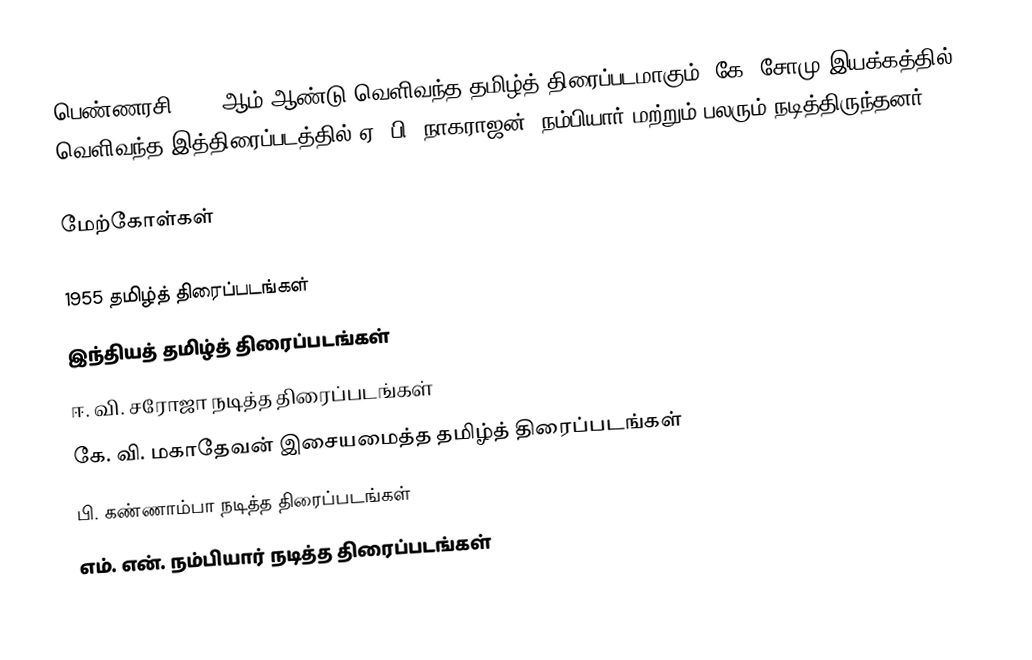
பெண்ணரசி 1955 ஆம் ஆண்டு வெளிவந்த தமிழ்த் திரைப்படமாகும். கே. சோமு இயக்கத்தில் வெளிவந்த இத்திரைப்படத்தில் ஏ. பி. நாகராஜன், நம்பியார் மற்றும் பலரும் நடித்திருந்தனர்.

மேற்கோள்கள்

1955 தமிழ்த் திரைப்படங்கள்
இந்தியத் தமிழ்த் திரைப்படங்கள்
ஈ. வி. சரோஜா நடித்த திரைப்படங்கள்
கே. வி. மகாதேவன் இசையமைத்த தமிழ்த் திரைப்படங்கள்
பி. கண்ணாம்பா நடித்த திரைப்படங்கள்
எம். என். நம்பியார் நடித்த திரைப்படங்கள்